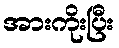
အားကိုးပြီး